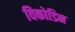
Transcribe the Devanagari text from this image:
विकोडिन